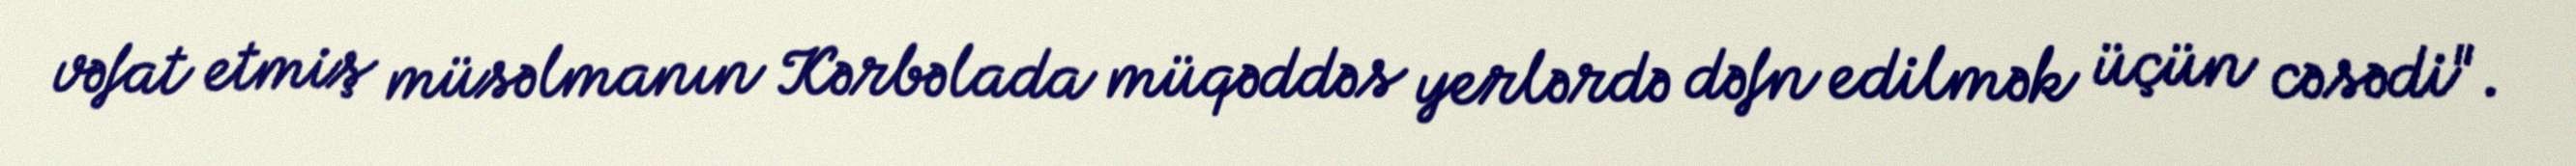
vəfat etmiş müsəlmanın Kərbəlada müqəddəs yerlərdə dəfn edilmək üçün cəsədi".